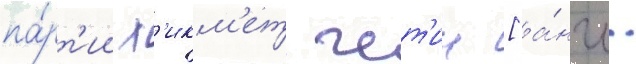
па́рт'ии х'икм'ет чет'ин [а́нгл.